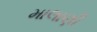
માલાણી